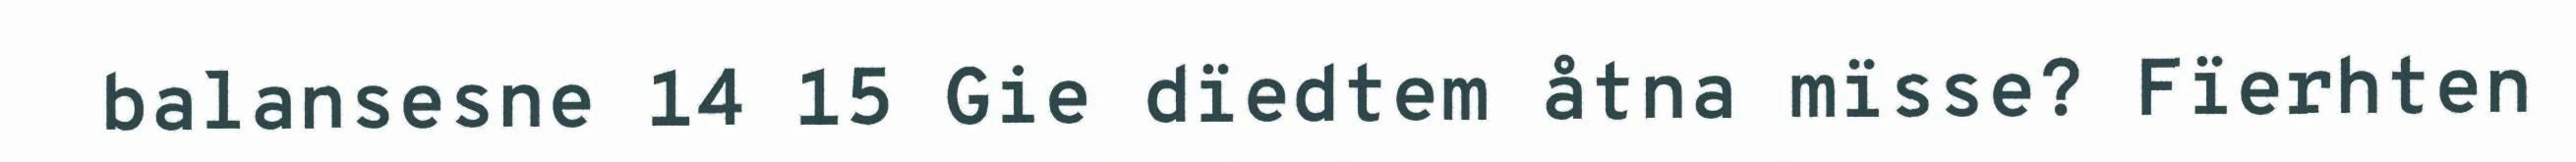
balansesne 14 15 Gie dïedtem åtna mïsse? Fïerhten